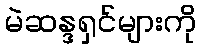
မဲဆန္ဒရှင်များကို